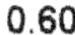
0.60